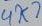
Text: 4K7